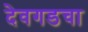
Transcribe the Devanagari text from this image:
देवगडचा